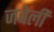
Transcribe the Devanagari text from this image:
जबेली